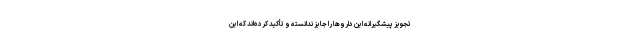
تجویز پیشگیرانه این داروها را جایز ندانسته و تأکید کرده‌اند که این